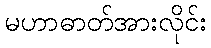
မဟာဓာတ်အားလိုင်း